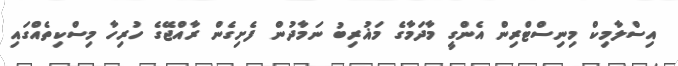
އިސްލާމިކް މިނިސްޓްރިން އެންގީ މާދަމާގެ މަޣުރިބު ނަމާދުން ފެށިގެން ރާއްޖޭގެ ހުރިހާ މިސްކިތެއްގައި